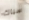
سباك